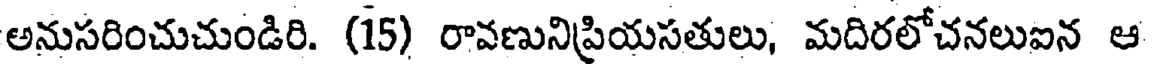
అనుసరించుచుండిరి. (15) రావణునిప్రియసతులు, మదిరలోచనలుఐన ఆ